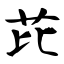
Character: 芘